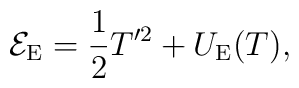
{\cal E}_{{\rm E}}=\frac{1}{2}T'^{2}+U_{{\rm E}}(T),